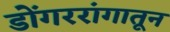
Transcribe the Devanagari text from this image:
डोंगररांगातून